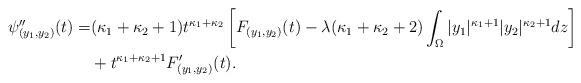
LaTeX: \begin{align*} \psi_{(y_1,y_2)}^{\prime\prime}(t) =& (\kappa_1 + \kappa_2 + 1)t^{\kappa_1 + \kappa_2}\left[F_{(y_1, y_2)}(t) - \lambda(\kappa_1 + \kappa_2 + 2)\int_{\Omega}\vert y_1\vert^{\kappa_1 + 1}\vert y_2\vert^{\kappa_2 + 1}dz\right]\\ & + t^{\kappa_1 + \kappa_2 + 1}F_{(y_1, y_2)}^{\prime}(t).\end{align*}